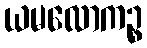
ယမလောကဉ္စ